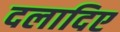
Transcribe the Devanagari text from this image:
दलादिए